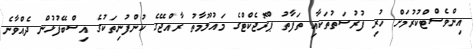
އިންވެސްޓްކުުރުމަށް ހުރި ފުރުސަތުތަކާއި ތަފާތު ޕްރޮޖެކްޓްގެ މައުލޫމާތު ރާއްޖޭގެ ކުންފުނިތަކުގެ އިސްބޭފުޅުން ދެއްވާނެ